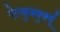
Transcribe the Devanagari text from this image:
ऐल्बुक्युर्क्यू